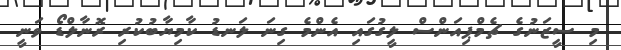
މި ސީޒަނުގެ ޗެމްޕިއަންސް ލީގުގައި އެންމެ ގިނަ ލަނޑު ކާމިޔާބުކުރި ރޮނާލްޑޯ ވަނީ